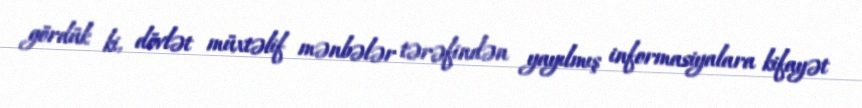
gördük ki, dövlət müxtəlif mənbələr tərəfindən yayılmış informasiyalara kifayət